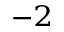
^ { - 2 }